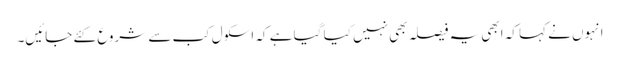
انہوں نے کہا کہ ابھی یہ فیصلہ بھی نہیں کیا گیا ہے کہ اسکول کب سے شروع کئے جائیں۔